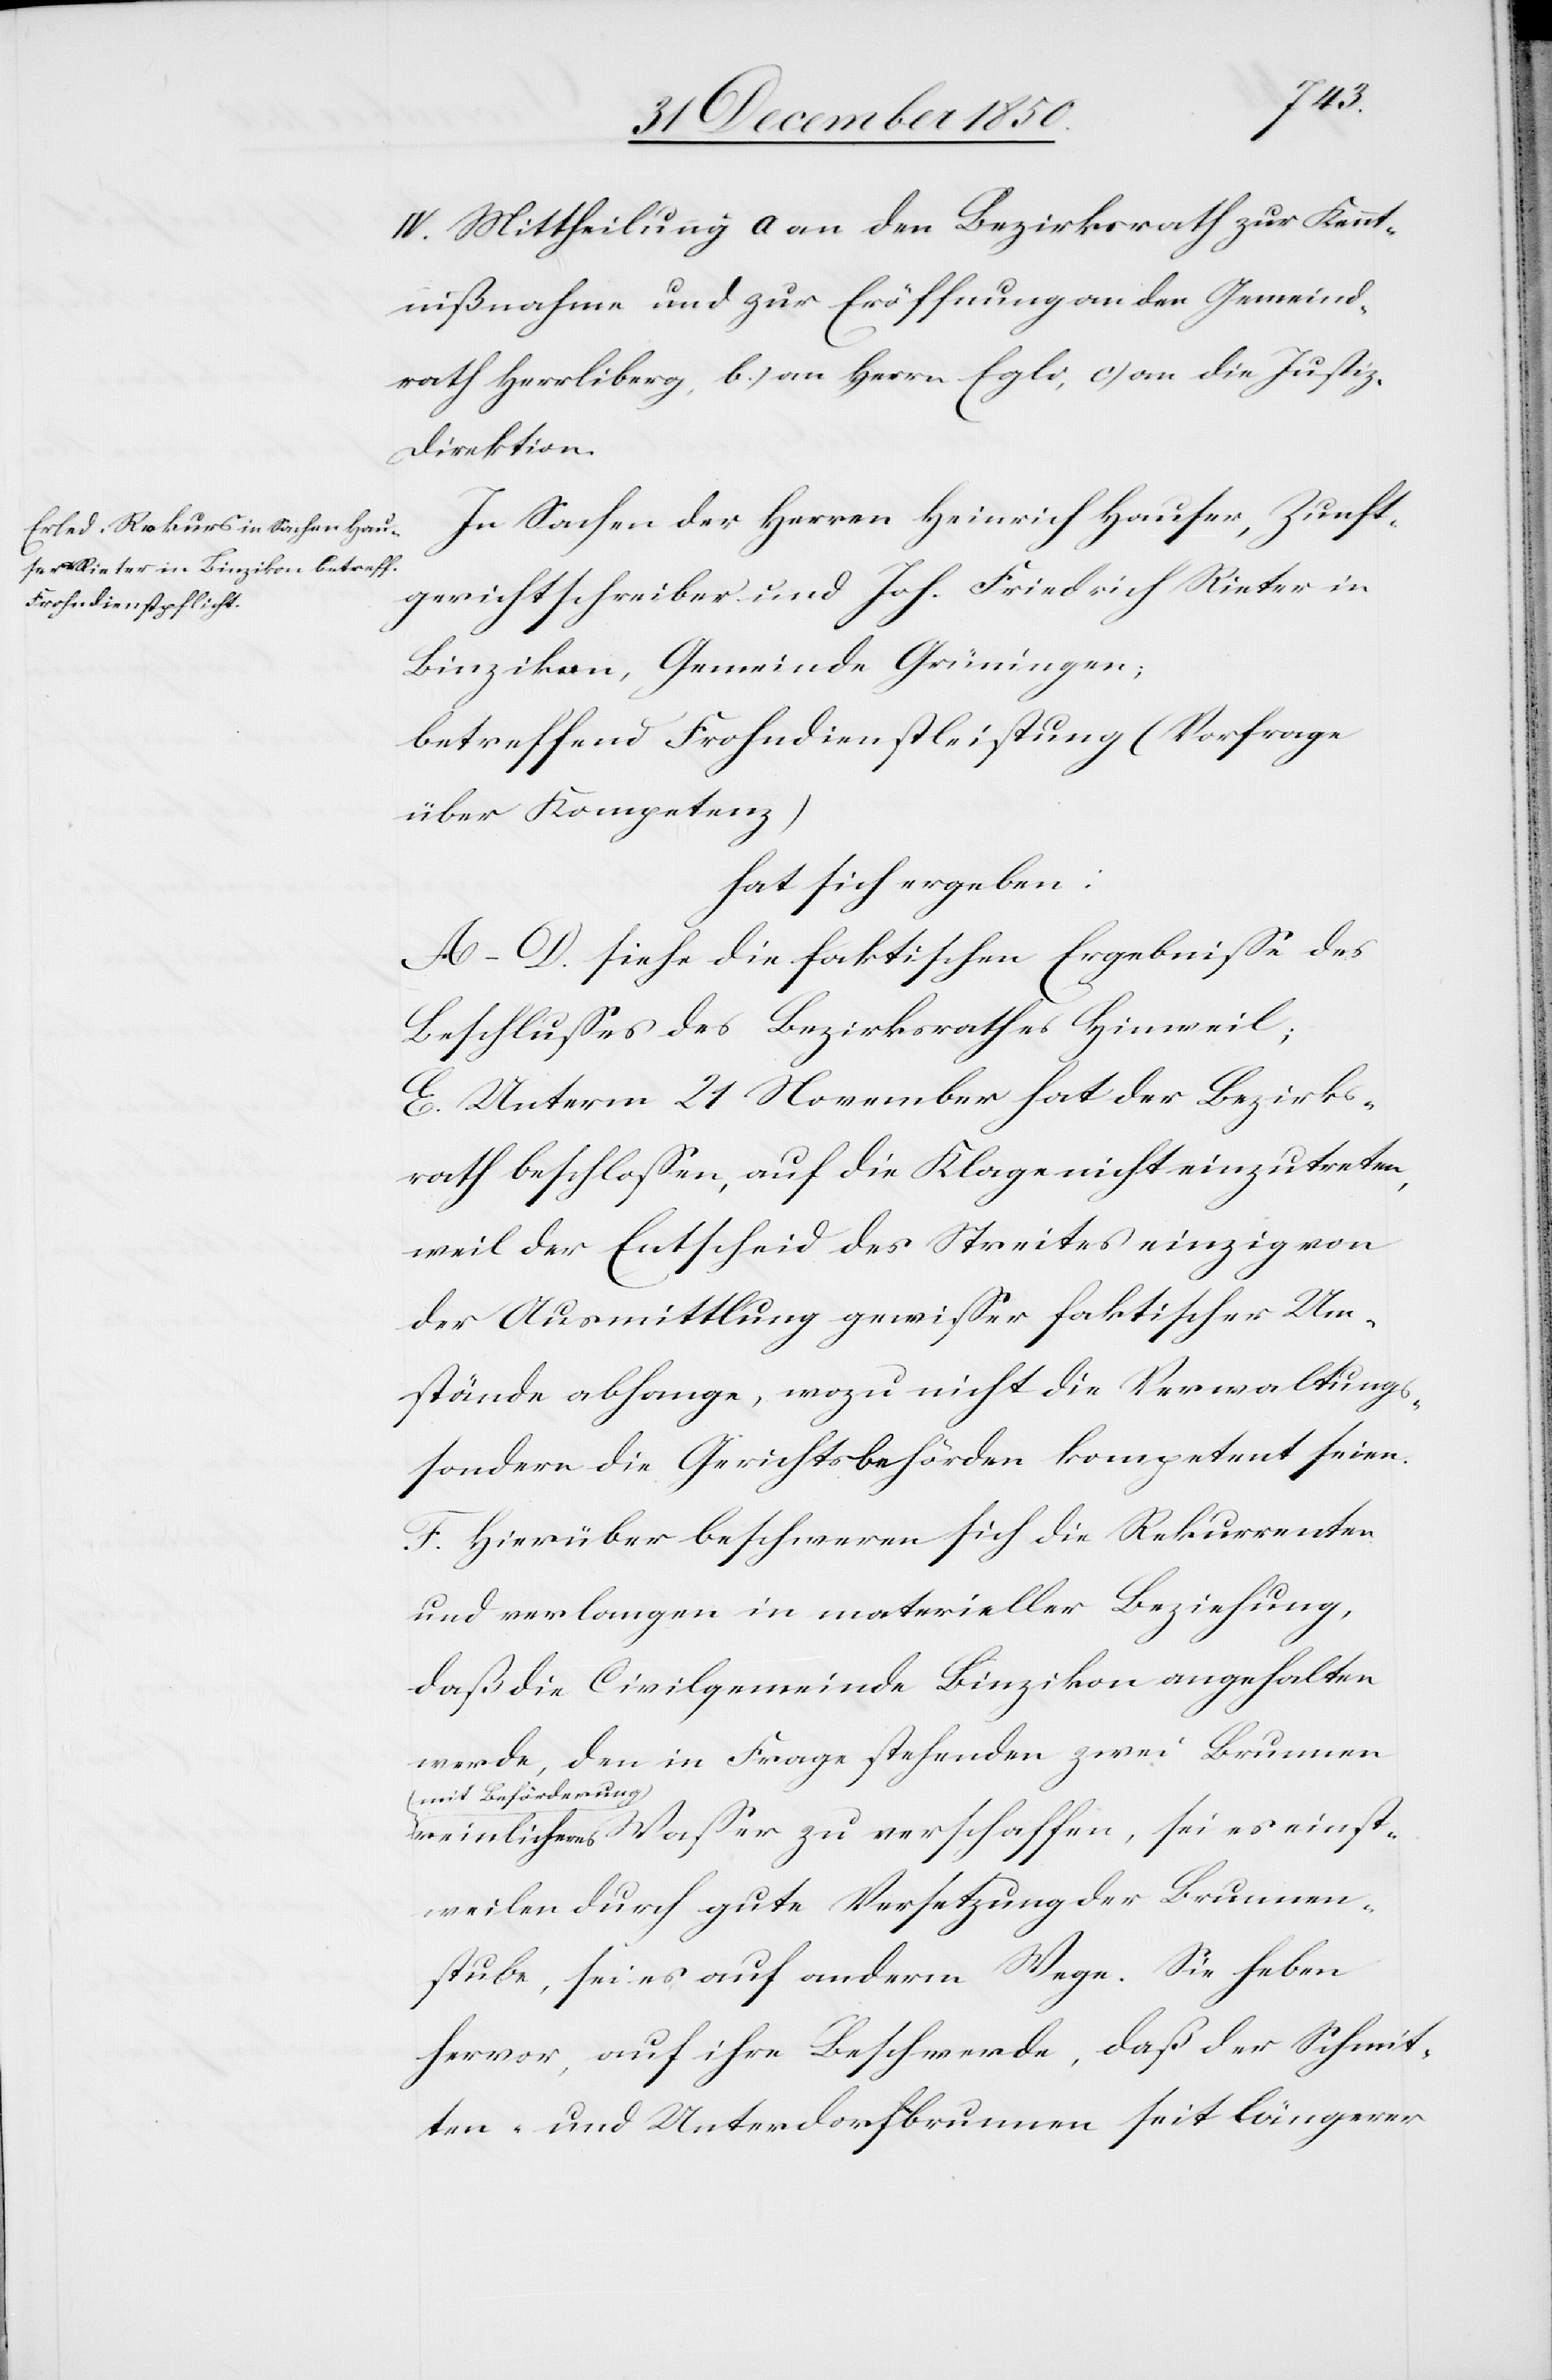
IV. Mittheilung a[)] an den Bezirksrath zur Kennt¬
nißnahme und zur Eröffnung an den Gemeind¬
rath Herrliberg, b.) an Herrn Egli, c) an die Justiz-D¬
irektion.
In Sachen der Herren Heinrich Hauser, Zunft¬
gerichtschreiber und Joh. Friedrich Rieter in
Binzikon, Gemeinde Grüningen
betreffend Frohndienstleistung (Vorfrage
über Kompetenz)
hat sich ergeben:
A–D. siehe die faktischen Ergebnisse des
Beschlusses des Bezirksrathes Hinweil;
E. Unterm 21 November hat der Bezirks¬
rath beschlossen, auf die Klage nicht einzutreten,
weil der Entscheid des Streites einzig von
der Ausmittlung gewisser faktischer Um¬
stände abhange, wozu nicht die Verwaltungs-
sondern die Gerichtsbehörden kompetent seien.
F. Hierüber beschweren sich die Rekurrenten
und verlangen in materieller Beziehung,
daß die Civilgemeinde Binzikon angehalten
werde, den in Frage stehenden zwei Brunnen
mit Beförderung
reinlicheres Wasser zu verschaffen, sei es einst¬
weilen durch gute Versetzung der Brunnen¬
stube, sei es auf anderm Wege. Sie heben
hervor, auf ihre Beschwerde, daß der Schmit¬
ten- und Unterdorfbrunnen seit längerer